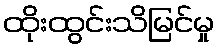
ထိုးထွင်းသိမြင်မှု